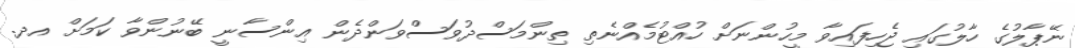
ނޭޕާލުގެ ހާލުގައި ޖެހިފައިވާ މީހުންނަށް ހުއްޓުމެއްނެތި ތިންމަސްދުވަސްވަންދެން އިންސާނީ ބޭނުންވާ ކަމަށް އދ.